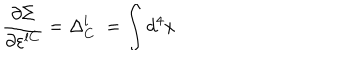
\frac { \partial \Sigma } { \partial \varepsilon ^ { l C } } = \Delta _ { C } ^ { l } \; = \int d ^ { 4 } x